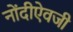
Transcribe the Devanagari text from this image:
नोंदीऐवजी